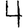
Digit: 4